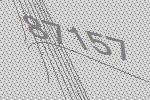
87157